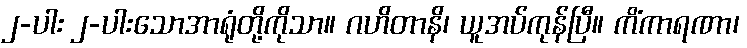
၂-ပါး ၂-ပါးသောအာရုံတို့ကိုသာ။ ဂဟိတာနိ၊ ယူအပ်ကုန်ပြီ။ ကိံကာရဏာ၊